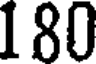
180